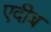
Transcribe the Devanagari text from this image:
एदीब